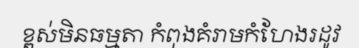
ខ្ពស់មិនធម្មតា កំពុងគំរាមកំហែងរដូវ